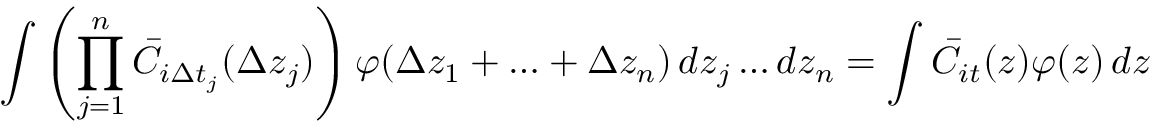
\int \left( \prod _ { j = 1 } ^ { n } \bar { C } _ { i \Delta t _ { j } } ( \Delta z _ { j } ) \right) \varphi ( \Delta z _ { 1 } + \ldots + \Delta z _ { n } ) \mathop { } \! { d { z _ { j } } \ldots d { z _ { n } } } = \int \bar { C } _ { i t } ( z ) \varphi ( z ) \mathop { } \! { d { z } }